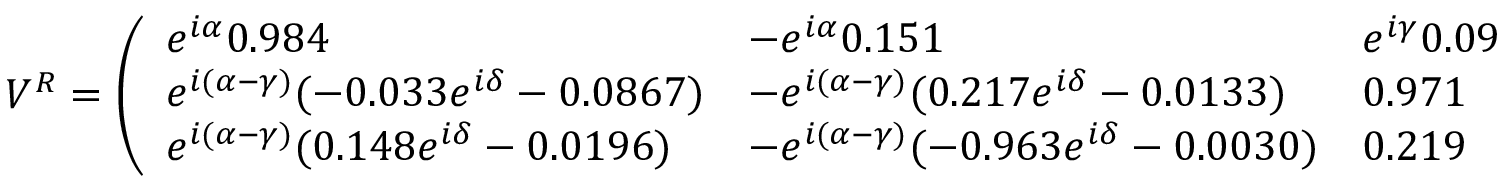
V ^ { R } = \left( \begin{array} { l l l } { { e ^ { i \alpha } 0 . 9 8 4 } } & { { - e ^ { i \alpha } 0 . 1 5 1 } } & { { e ^ { i \gamma } 0 . 0 9 } } \\ { { e ^ { i ( \alpha - \gamma ) } ( - 0 . 0 3 3 e ^ { i \delta } - 0 . 0 8 6 7 ) } } & { { - e ^ { i ( \alpha - \gamma ) } ( 0 . 2 1 7 e ^ { i \delta } - 0 . 0 1 3 3 ) } } & { { 0 . 9 7 1 } } \\ { { e ^ { i ( \alpha - \gamma ) } ( 0 . 1 4 8 e ^ { i \delta } - 0 . 0 1 9 6 ) } } & { { - e ^ { i ( \alpha - \gamma ) } ( - 0 . 9 6 3 e ^ { i \delta } - 0 . 0 0 3 0 ) } } & { { 0 . 2 1 9 } } \end{array} \right) .